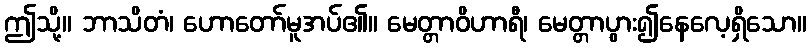
ဤသို့။ ဘာသိတံ၊ ဟောတော်မူအပ်၏။ မေတ္တာဝိဟာရီ၊ မေတ္တာပွား၍နေလေ့ရှိသော။